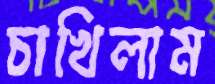
চাখিলাম